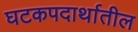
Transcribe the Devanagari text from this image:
घटकपदार्थातील